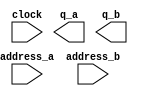
// megafunction wizard: %ROM: 2-PORT%VBB%
// GENERATION: STANDARD
// VERSION: WM1.0
// MODULE: altsyncram 

// ============================================================
// Megafunction Name(s):
// 			altsyncram
//
// Simulation Library Files(s):
// 			altera_mf
// ============================================================
// ************************************************************
// THIS IS A WIZARD-GENERATED FILE. DO NOT EDIT THIS FILE!
//
// 14.1.1 Build 190 01/19/2015 SJ Full Version
// ************************************************************

//Copyright (C) 1991-2015 Altera Corporation. All rights reserved.
//Your use of Altera Corporation's design tools, logic functions 
//and other software and tools, and its AMPP partner logic 
//functions, and any output files from any of the foregoing 
//(including device programming or simulation files), and any 
//associated documentation or information are expressly subject 
//to the terms and conditions of the Altera Program License 
//Subscription Agreement, the Altera Quartus II License Agreement,
//the Altera MegaCore Function License Agreement, or other 
//applicable license agreement, including, without limitation, 
//that your use is for the sole purpose of programming logic 
//devices manufactured by Altera and sold by Altera or its 
//authorized distributors.  Please refer to the applicable 
//agreement for further details.

module altera_cosrom_generic_megafunction (
	address_a,
	address_b,
	clock,
	q_a,
	q_b);

	input	[9:0]  address_a;
	input	[9:0]  address_b;
	input	  clock;
	output	[34:0]  q_a;
	output	[34:0]  q_b;
`ifndef ALTERA_RESERVED_QIS
// synopsys translate_off
`endif
	tri1	  clock;
`ifndef ALTERA_RESERVED_QIS
// synopsys translate_on
`endif

endmodule

// ============================================================
// CNX file retrieval info
// ============================================================
// Retrieval info: PRIVATE: ADDRESSSTALL_A NUMERIC "0"
// Retrieval info: PRIVATE: ADDRESSSTALL_B NUMERIC "0"
// Retrieval info: PRIVATE: BYTEENA_ACLR_A NUMERIC "0"
// Retrieval info: PRIVATE: BYTEENA_ACLR_B NUMERIC "0"
// Retrieval info: PRIVATE: BYTE_ENABLE_A NUMERIC "0"
// Retrieval info: PRIVATE: BYTE_ENABLE_B NUMERIC "0"
// Retrieval info: PRIVATE: BYTE_SIZE NUMERIC "1"
// Retrieval info: PRIVATE: BlankMemory NUMERIC "0"
// Retrieval info: PRIVATE: CLOCK_ENABLE_INPUT_A NUMERIC "0"
// Retrieval info: PRIVATE: CLOCK_ENABLE_INPUT_B NUMERIC "0"
// Retrieval info: PRIVATE: CLOCK_ENABLE_OUTPUT_A NUMERIC "0"
// Retrieval info: PRIVATE: CLOCK_ENABLE_OUTPUT_B NUMERIC "0"
// Retrieval info: PRIVATE: CLRdata NUMERIC "0"
// Retrieval info: PRIVATE: CLRq NUMERIC "0"
// Retrieval info: PRIVATE: CLRrdaddress NUMERIC "0"
// Retrieval info: PRIVATE: CLRrren NUMERIC "0"
// Retrieval info: PRIVATE: CLRwraddress NUMERIC "0"
// Retrieval info: PRIVATE: CLRwren NUMERIC "0"
// Retrieval info: PRIVATE: Clock NUMERIC "0"
// Retrieval info: PRIVATE: Clock_A NUMERIC "0"
// Retrieval info: PRIVATE: Clock_B NUMERIC "0"
// Retrieval info: PRIVATE: IMPLEMENT_IN_LES NUMERIC "0"
// Retrieval info: PRIVATE: INDATA_ACLR_B NUMERIC "0"
// Retrieval info: PRIVATE: INDATA_REG_B NUMERIC "1"
// Retrieval info: PRIVATE: INIT_FILE_LAYOUT STRING "PORT_A"
// Retrieval info: PRIVATE: INIT_TO_SIM_X NUMERIC "0"
// Retrieval info: PRIVATE: INTENDED_DEVICE_FAMILY STRING "Arria V"
// Retrieval info: PRIVATE: JTAG_ENABLED NUMERIC "0"
// Retrieval info: PRIVATE: JTAG_ID STRING "NONE"
// Retrieval info: PRIVATE: MAXIMUM_DEPTH NUMERIC "0"
// Retrieval info: PRIVATE: MEMSIZE NUMERIC "35840"
// Retrieval info: PRIVATE: MEM_IN_BITS NUMERIC "0"
// Retrieval info: PRIVATE: MIFfilename STRING "../../../tsbs/common_rtl_library/tsb/ip/rtl/advanced_dds/cosrom_lut_values.mif"
// Retrieval info: PRIVATE: OPERATION_MODE NUMERIC "3"
// Retrieval info: PRIVATE: OUTDATA_ACLR_B NUMERIC "0"
// Retrieval info: PRIVATE: OUTDATA_REG_B NUMERIC "1"
// Retrieval info: PRIVATE: RAM_BLOCK_TYPE NUMERIC "0"
// Retrieval info: PRIVATE: READ_DURING_WRITE_MODE_MIXED_PORTS NUMERIC "2"
// Retrieval info: PRIVATE: REGdata NUMERIC "1"
// Retrieval info: PRIVATE: REGq NUMERIC "1"
// Retrieval info: PRIVATE: REGrdaddress NUMERIC "0"
// Retrieval info: PRIVATE: REGrren NUMERIC "0"
// Retrieval info: PRIVATE: REGwraddress NUMERIC "1"
// Retrieval info: PRIVATE: REGwren NUMERIC "1"
// Retrieval info: PRIVATE: SYNTH_WRAPPER_GEN_POSTFIX STRING "0"
// Retrieval info: PRIVATE: USE_DIFF_CLKEN NUMERIC "0"
// Retrieval info: PRIVATE: UseDPRAM NUMERIC "1"
// Retrieval info: PRIVATE: VarWidth NUMERIC "0"
// Retrieval info: PRIVATE: WIDTH_READ_A NUMERIC "35"
// Retrieval info: PRIVATE: WIDTH_READ_B NUMERIC "35"
// Retrieval info: PRIVATE: WIDTH_WRITE_A NUMERIC "35"
// Retrieval info: PRIVATE: WIDTH_WRITE_B NUMERIC "35"
// Retrieval info: PRIVATE: WRADDR_ACLR_B NUMERIC "0"
// Retrieval info: PRIVATE: WRADDR_REG_B NUMERIC "1"
// Retrieval info: PRIVATE: WRCTRL_ACLR_B NUMERIC "0"
// Retrieval info: PRIVATE: enable NUMERIC "0"
// Retrieval info: PRIVATE: rden NUMERIC "0"
// Retrieval info: LIBRARY: altera_mf altera_mf.altera_mf_components.all
// Retrieval info: CONSTANT: ADDRESS_REG_B STRING "CLOCK0"
// Retrieval info: CONSTANT: CLOCK_ENABLE_INPUT_A STRING "BYPASS"
// Retrieval info: CONSTANT: CLOCK_ENABLE_INPUT_B STRING "BYPASS"
// Retrieval info: CONSTANT: CLOCK_ENABLE_OUTPUT_A STRING "BYPASS"
// Retrieval info: CONSTANT: CLOCK_ENABLE_OUTPUT_B STRING "BYPASS"
// Retrieval info: CONSTANT: INDATA_REG_B STRING "CLOCK0"
// Retrieval info: CONSTANT: INIT_FILE STRING "../../../tsbs/common_rtl_library/tsb/ip/rtl/advanced_dds/cosrom_lut_values.mif"
// Retrieval info: CONSTANT: INTENDED_DEVICE_FAMILY STRING "Arria V"
// Retrieval info: CONSTANT: LPM_TYPE STRING "altsyncram"
// Retrieval info: CONSTANT: NUMWORDS_A NUMERIC "1024"
// Retrieval info: CONSTANT: NUMWORDS_B NUMERIC "1024"
// Retrieval info: CONSTANT: OPERATION_MODE STRING "BIDIR_DUAL_PORT"
// Retrieval info: CONSTANT: OUTDATA_ACLR_A STRING "NONE"
// Retrieval info: CONSTANT: OUTDATA_ACLR_B STRING "NONE"
// Retrieval info: CONSTANT: OUTDATA_REG_A STRING "CLOCK0"
// Retrieval info: CONSTANT: OUTDATA_REG_B STRING "CLOCK0"
// Retrieval info: CONSTANT: POWER_UP_UNINITIALIZED STRING "FALSE"
// Retrieval info: CONSTANT: WIDTHAD_A NUMERIC "10"
// Retrieval info: CONSTANT: WIDTHAD_B NUMERIC "10"
// Retrieval info: CONSTANT: WIDTH_A NUMERIC "35"
// Retrieval info: CONSTANT: WIDTH_B NUMERIC "35"
// Retrieval info: CONSTANT: WIDTH_BYTEENA_A NUMERIC "1"
// Retrieval info: CONSTANT: WIDTH_BYTEENA_B NUMERIC "1"
// Retrieval info: CONSTANT: WRCONTROL_WRADDRESS_REG_B STRING "CLOCK0"
// Retrieval info: USED_PORT: address_a 0 0 10 0 INPUT NODEFVAL "address_a[9..0]"
// Retrieval info: USED_PORT: address_b 0 0 10 0 INPUT NODEFVAL "address_b[9..0]"
// Retrieval info: USED_PORT: clock 0 0 0 0 INPUT VCC "clock"
// Retrieval info: USED_PORT: q_a 0 0 35 0 OUTPUT NODEFVAL "q_a[34..0]"
// Retrieval info: USED_PORT: q_b 0 0 35 0 OUTPUT NODEFVAL "q_b[34..0]"
// Retrieval info: CONNECT: @address_a 0 0 10 0 address_a 0 0 10 0
// Retrieval info: CONNECT: @address_b 0 0 10 0 address_b 0 0 10 0
// Retrieval info: CONNECT: @clock0 0 0 0 0 clock 0 0 0 0
// Retrieval info: CONNECT: @data_a 0 0 35 0 GND 0 0 35 0
// Retrieval info: CONNECT: @data_b 0 0 35 0 GND 0 0 35 0
// Retrieval info: CONNECT: @wren_a 0 0 0 0 GND 0 0 0 0
// Retrieval info: CONNECT: @wren_b 0 0 0 0 GND 0 0 0 0
// Retrieval info: CONNECT: q_a 0 0 35 0 @q_a 0 0 35 0
// Retrieval info: CONNECT: q_b 0 0 35 0 @q_b 0 0 35 0
// Retrieval info: GEN_FILE: TYPE_NORMAL altera_cosrom_generic_megafunction.v TRUE
// Retrieval info: GEN_FILE: TYPE_NORMAL altera_cosrom_generic_megafunction.inc TRUE
// Retrieval info: GEN_FILE: TYPE_NORMAL altera_cosrom_generic_megafunction.cmp TRUE
// Retrieval info: GEN_FILE: TYPE_NORMAL altera_cosrom_generic_megafunction.bsf TRUE
// Retrieval info: GEN_FILE: TYPE_NORMAL altera_cosrom_generic_megafunction_inst.v TRUE
// Retrieval info: GEN_FILE: TYPE_NORMAL altera_cosrom_generic_megafunction_bb.v TRUE
// Retrieval info: LIB_FILE: altera_mf